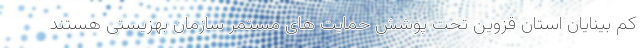
کم بینایان استان قزوین تحت پوشش حمایت های مستمر سازمان بهزیستی هستند